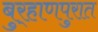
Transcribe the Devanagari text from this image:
बुर्‍हाणपुरात